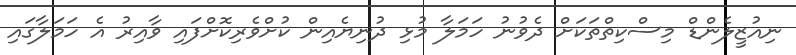
ނިއުޒީލެންޑް މިސްކިތްތަކަށް ދެވުނު ހަމަލާ މުޅި ދުނިޔެއިން ކުށްވެރިކޮށްފައި ވާއިރު އެ ހަމަލާގައި